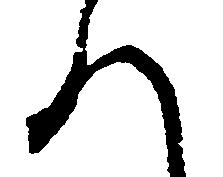
へ